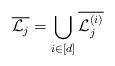
LaTeX: \begin{align*}\overline{\mathcal{L}_j} = \bigcup_{i \in [d]} \overline{\mathcal{L}_j^{(i)}}\end{align*}